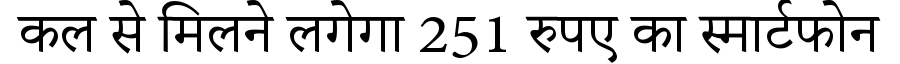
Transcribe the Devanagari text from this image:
कल से मिलने लगेगा 251 रुपए का स्मार्टफोन